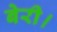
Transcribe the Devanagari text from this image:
बेरी।